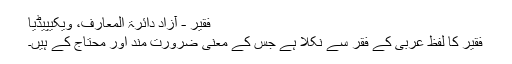
فقیر - آزاد دائرۃ المعارف، ویکیپیڈیا
فقیر کا لفظ عربی کے فقر سے نکلا ہے جس کے معنی ضرورت مند اور محتاج کے ہیں۔